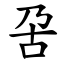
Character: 呄